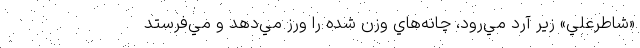
«شاطرعلي» زير آرد مي‌رود، چانه‌هاي وزن شده را ورز مي‌دهد و مي‌فرستد